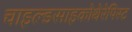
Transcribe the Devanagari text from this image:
चाइल्डसाइकोथेरेपिस्ट